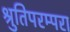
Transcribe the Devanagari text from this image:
श्रुतिपरम्परा